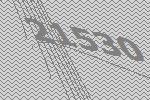
21530